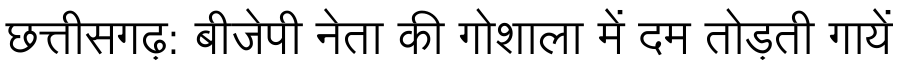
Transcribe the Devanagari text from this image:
छत्तीसगढ़: बीजेपी नेता की गोशाला में दम तोड़ती गायें